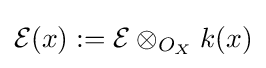
{\mathcal {E}}(x):={\mathcal {E}}\otimes _{O_{X}}k(x)